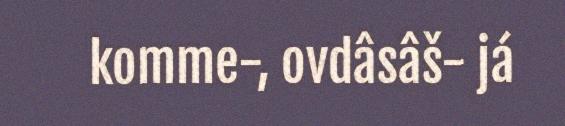
komme-, ovdâsâš- já